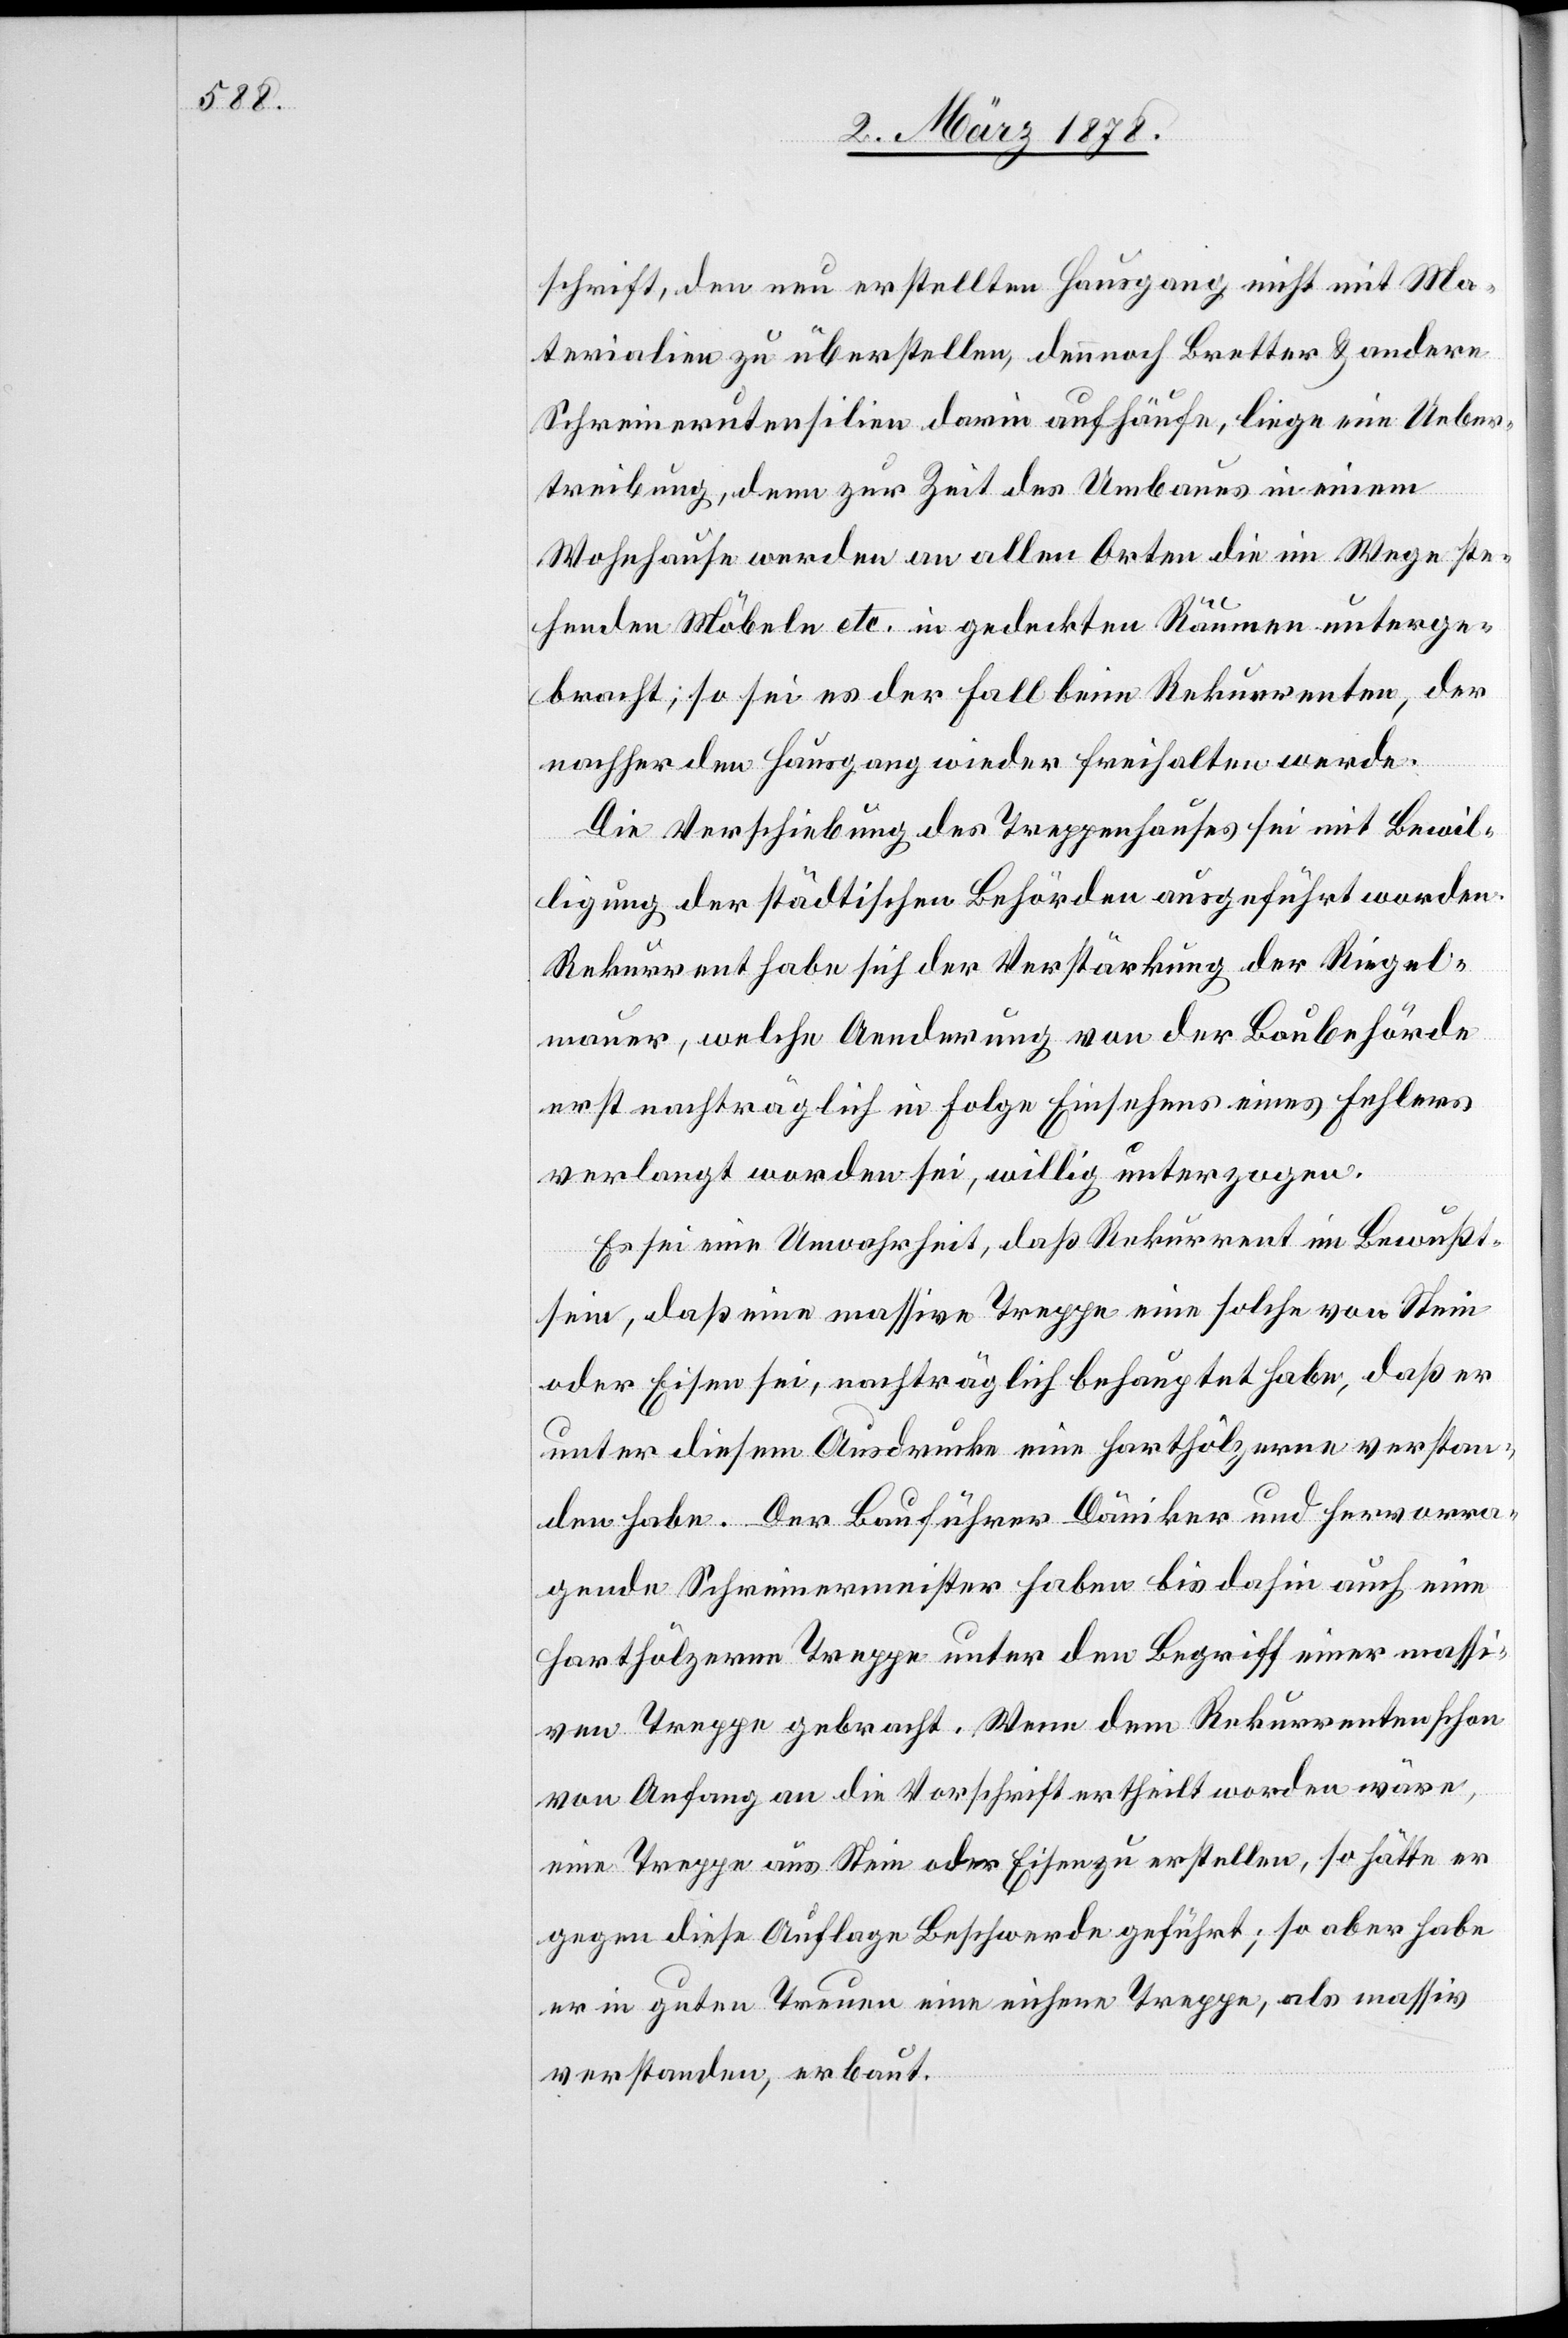
schrift, den neu erstellten Hausgang nicht mit Ma¬
terialien zu überstellen, dennoch Bretter & andere
Schreinerutensilien darin aufhäufe, liege eine Ueber¬
treibung, denn zur Zeit des Umbaues in einem
Wohnhause werden an allen Orten die im Wege ste¬
henden Möbeln etc. in gedeckten Räumen unterge¬
bracht; so sei es der Fall beim Rekurrenten, der
nachher den Hausgang wieder freihalten werde.
Die Verschiebung des Treppenhauses sei mit Bewil¬
ligung der städtischen Behörden ausgeführt worden.
Rekurrent habe sich der Verstärkung der Riegel¬
mauer, welche Aenderung von der Baubehörde
erst nachträglich in Folge Einsehens eines Fehlers
verlangt worden sei, willig unterzogen.
Es sei eine Unwahrheit, daß Rekurrent im Bewußt¬
sein, daß eine massive Treppe eine solche von Stein
oder Eisen sei, nachträglich behauptet habe, daß er
unter diesem Ausdrucke eine harthölzerne verstan¬
den habe. Der Bauführer Däniker und hervorra¬
gende Schreinermeister haben bis dahin auch eine
harthölzerne Treppe unter den Begriff einer massi¬
ven Treppe gebracht. Wenn dem Rekurrenten schon
von Anfang an die Vorschrift ertheilt worden wäre,
eine Treppe aus Stein oder Eisen zu erstellen, so hätte er
gegen diese Auflage Beschwerde geführt; so aber habe
er in guten Treuen eine einfache Treppe, als massiv
verstanden, erbaut.